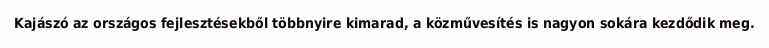
Kajászó az országos fejlesztésekből többnyire kimarad, a közművesítés is nagyon sokára kezdődik meg.